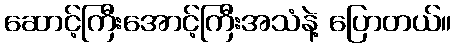
ဆောင့်ကြီးအောင့်ကြီးအသံနဲ့ ပြောတယ်။